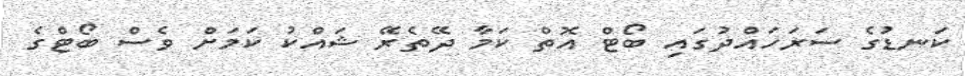
ކަނޑުގެ ސަރަހައްދުގައި ބޯޓް އޮތް ކަމާ ދޭތެރޭ ޝައްކު ކަމަށް ވެސް ބޯޓްގެ